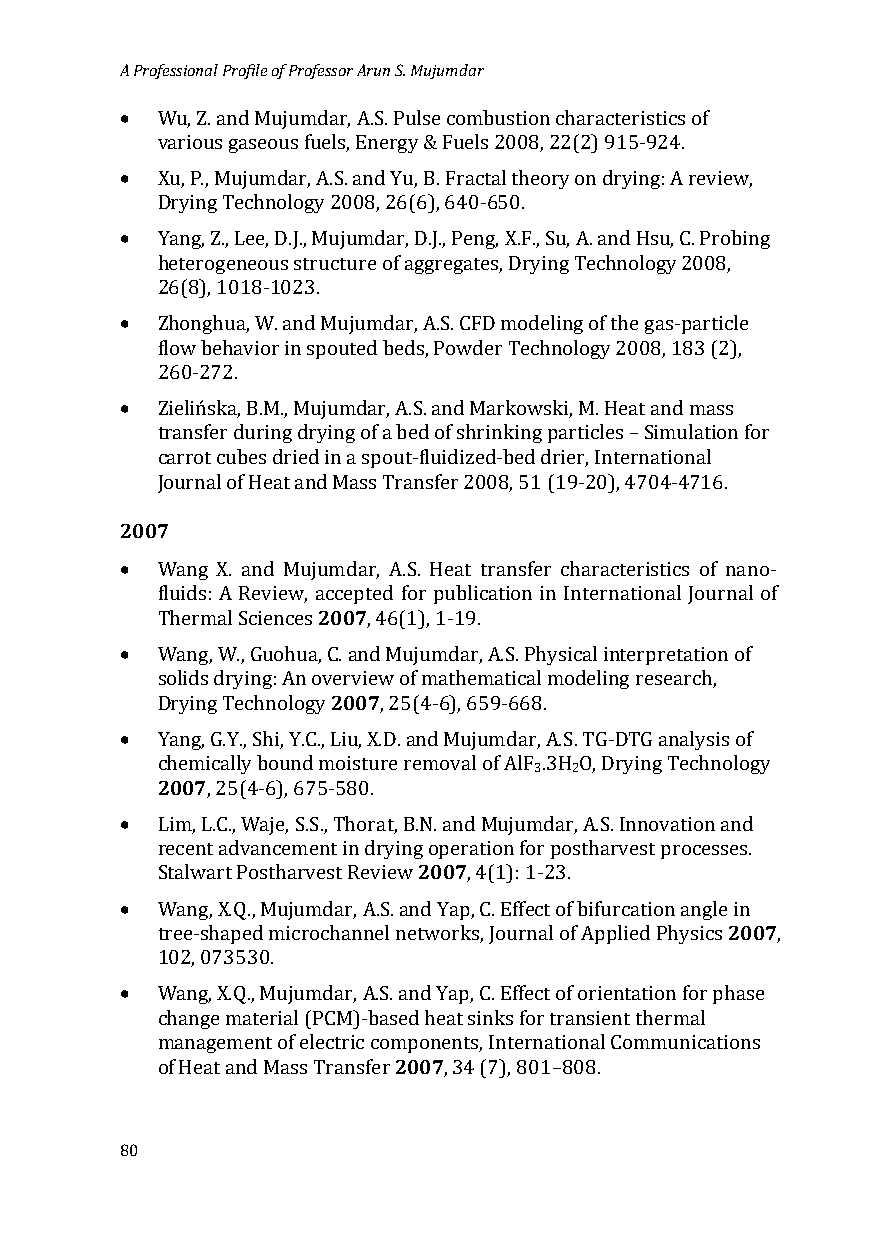
A Professional Profile of Professor Arun S. Mujumdar
 •
 Wu, Z. and Mujumdar, A.S. Pulse combustion characteristics of
 •
 various gaseous fuels, Energy & Fuels 2008, 22(2) 915-924.
 Xu, P., Mujumdar, A.S. and Yu, B. Fractal theory on drying: A review,
 •
 Drying Technology 2008, 26(6), 640-650.
 Yang, Z., Lee, D.J., Mujumdar, D.J., Peng, X.F., Su, A. and Hsu, C. Probing
 heterogeneous structure of aggregates, Drying Technology 2008,
 •
 26(8), 1018-1023.
 Zhonghua, W. and Mujumdar, A.S. CFD modeling of the gas-particle
 flow behavior in spouted beds, Powder Technology 2008, 183 (2),
 •
 260-272.
 Zielińska, B.M., Mujumdar, A.S. and Markowski, M. Heat and mass
 transfer during drying of a bed of shrinking particles – Simulation for
 carrot cubes dried in a spout-fluidized-bed drier, International
 2007Jo urnal of Heat and Mass Transfer 2008, 51 (19-20), 4704-4716.
 •
 Wang X. and Muju2m00d7ar, A.S. Heat transfer characteristics of nano-
 fluids: A Review, accepted for publication in International Journal of
 •
 Thermal Sciences , 46(1), 1-19.
 Wang, W., Guohua, C2.0 a0n7d Mujumdar, A.S. Physical interpretation of
 solids drying: An overview of mathematical modeling research,
 •
 Drying Technology , 25(4-6), 659-668.
 Y2a0n0g7, G.Y., Shi, Y.C., Liu, X.D. and Mujumdar, A.S. TG-DTG analysis of
 3  2
 chemically bound moisture removal of AlF .3H O, Drying Technology
 •
 , 25(4-6), 675-580.
 Lim, L.C., Waje, S.S., Thorat, B.2N0. 0an7d Mujumdar, A.S. Innovation and
 recent advancement in drying operation for postharvest processes.
 •
 Stalwart Postharvest Review , 4(1): 1-23.
 2007
 Wang, X.Q., Mujumdar, A.S. and Yap, C. Effect of bifurcation angle in
 tree-shaped microchannel networks, Journal of Applied Physics ,
 •
 102, 073530.
 Wang, X.Q., Mujumdar, A.S. and Yap, C. Effect of orientation for phase
 change material (PCM)-bas2e0d0 h7eat sinks for transient thermal
 management of electric components, International Communications
 of Heat and Mass Transfer , 34 (7), 801–808.
 80